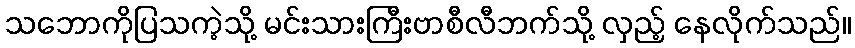
သဘောကိုပြသကဲ့သို့ မင်းသားကြီးဗာစီလီဘက်သို့ လှည့် နေလိုက်သည်။